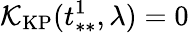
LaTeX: \mathcal{K}_{\mathrm{KP}}(t_{**}^{1},\lambda)=0